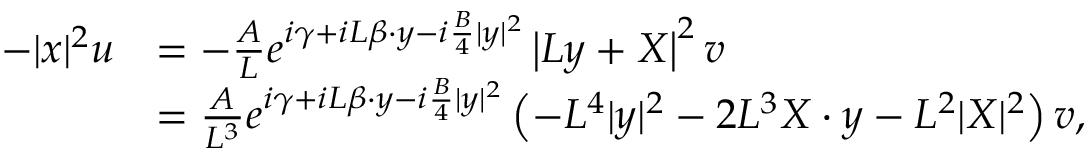
\begin{array} { r l } { - | x | ^ { 2 } u } & { = - \frac { A } { L } e ^ { i \gamma + i L \beta \cdot y - i \frac { B } { 4 } | y | ^ { 2 } } \left| L y + X \right| ^ { 2 } v } \\ & { = \frac { A } { L ^ { 3 } } e ^ { i \gamma + i L \beta \cdot y - i \frac { B } { 4 } | y | ^ { 2 } } \left( - L ^ { 4 } | y | ^ { 2 } - 2 L ^ { 3 } X \cdot y - L ^ { 2 } | X | ^ { 2 } \right) v , } \end{array}